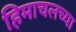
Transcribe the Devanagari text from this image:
हिमाचलच्या